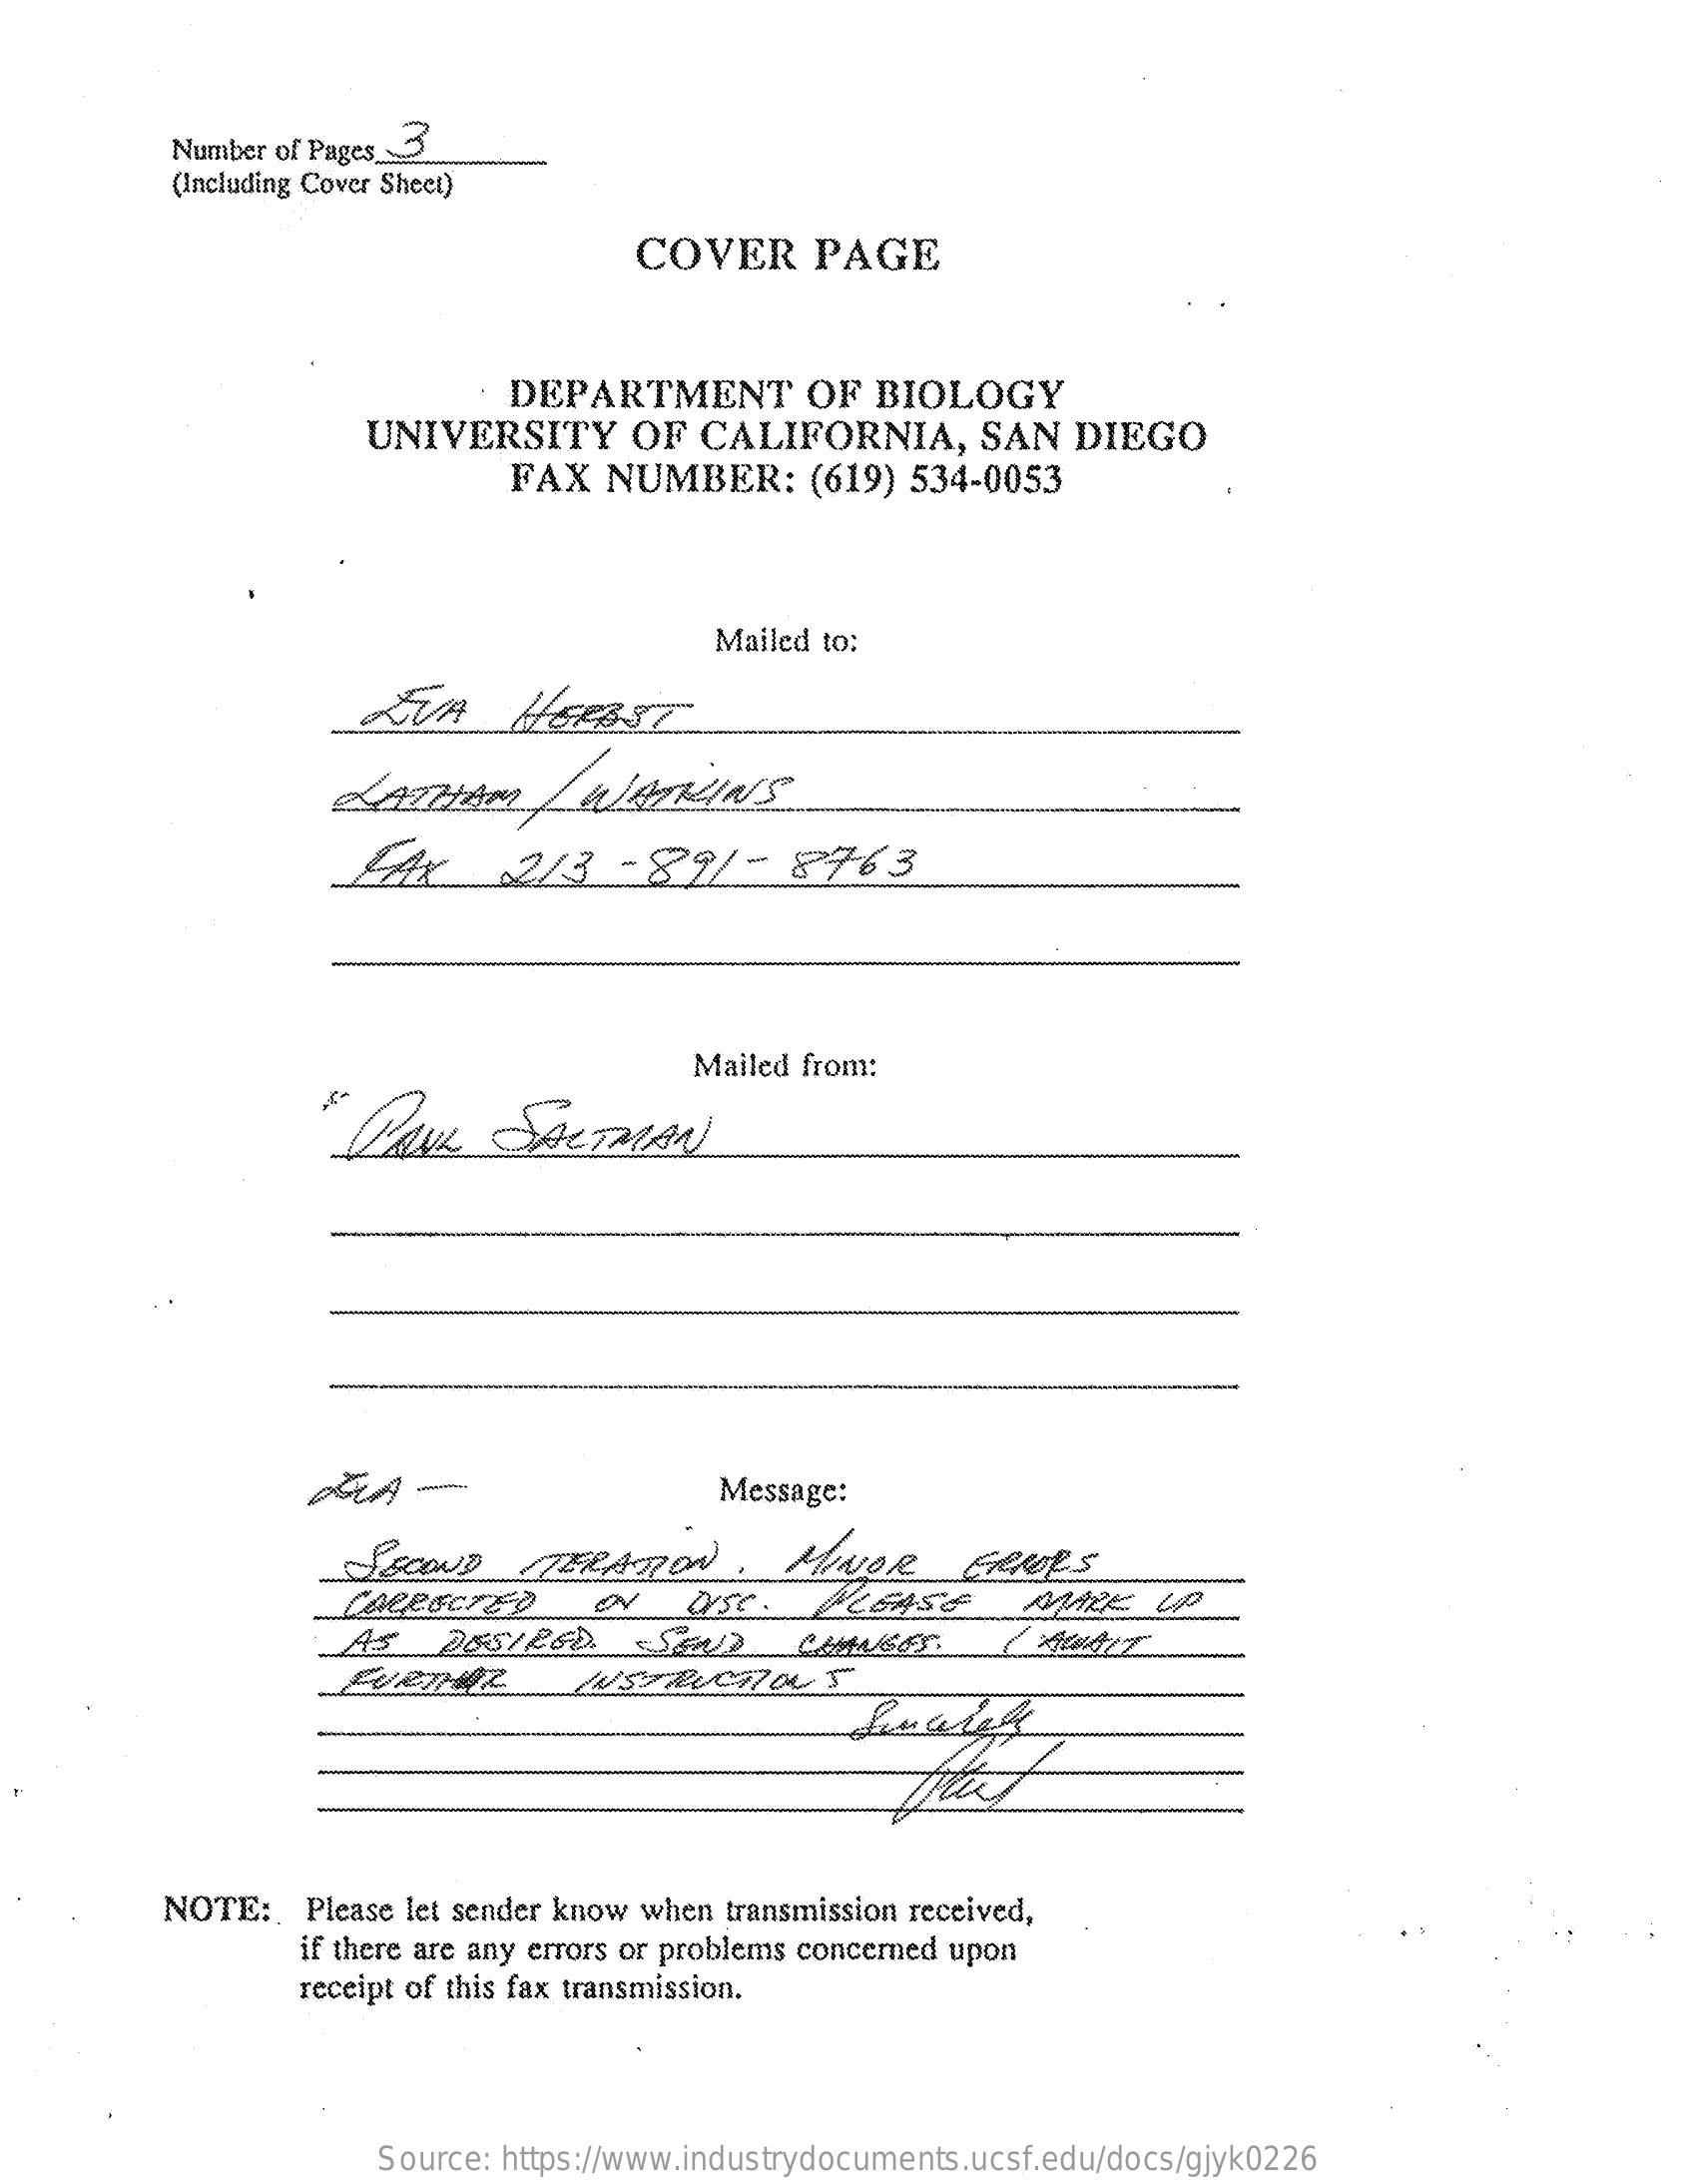
Number of Pages
     (Including Cover Sheet)
     COVER    PAGE
     DEPARTMENT    OF  BIOLOGY
     UNIVERSITY    OF   CALIFORNIA,    SAN   DIEGO
     FAX   NUMBER:    (619) 534-0053
     Mailed to:
     KVA    HERBST
     LATHAM    |  WATKINS
     LAx    213    -82-8763
     " PAAL    SALTMAN
     Mailed from:
     Message:
     SECOND    ITERATION.    MINOR
     LEASE
     NOTE:   Please let sender know when transmission received,
     if there are any errors or problems concerned upon
     receipt of this fax transmission.
     Source: https://www.industrydocuments.ucsf.edu/docs/gjyk0226